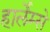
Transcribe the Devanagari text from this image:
हार्लेम्से